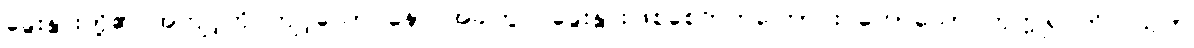
ခွေးနွားတို့၏ အကျင့်ကို ကျင့်သော် နောင်အခါတွင် ခွေးနွားဖြစ်စေတတ်ကြောင်း ဟောသော ကုက္ကုရဝတိကသုတ်